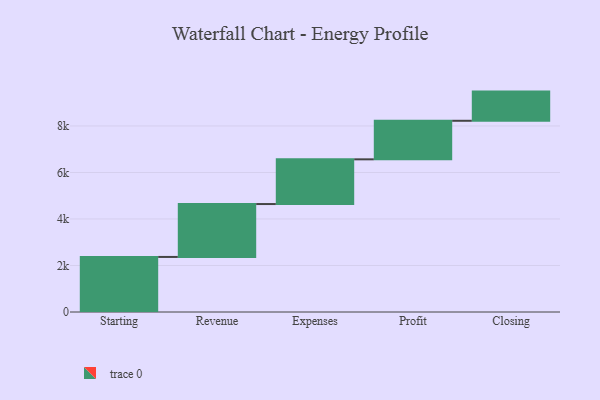
{"axis": {"x": "Step", "y": "Value"}, "legend": [""], "data": [{"x": "Starting", "y": 2368.0, "type": ""}, {"x": "Revenue", "y": 2275.0, "type": ""}, {"x": "Expenses", "y": 1923.0, "type": ""}, {"x": "Profit", "y": 1658.0, "type": ""}, {"x": "Closing", "y": 1255.0, "type": ""}]}